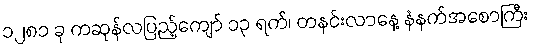
၁၂၈၁ ခု ကဆုန်လပြည့်ကျော် ၁၃ ရက်၊ တနင်းလာနေ့ နံနက်အစောကြီး